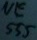
Text: NE555